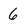
Character: 6